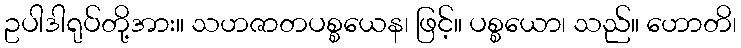
ဥပါဒါရုပ်တို့အား။ သဟဇာတပစ္စယေန၊ ဖြင့်။ ပစ္စယော၊ သည်။ ဟောတိ၊